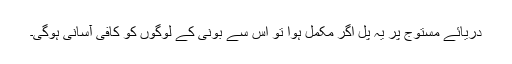
دریائے مستوج پر یہ پُل اگر مکمل ہوا تو اس سے بونی کے لوگوں کو کافی آسانی ہوگی۔